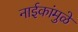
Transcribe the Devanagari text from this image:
नाईकांमुळे